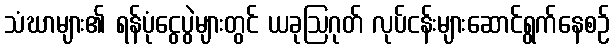
သံဃာများ၏ ရန်ပုံငွေပွဲများတွင် ယခုဩဂုတ် လုပ်ငန်းများဆောင်ရွက်နေစဉ်